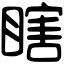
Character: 瞎